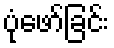
ပုံဖော်ခြင်း